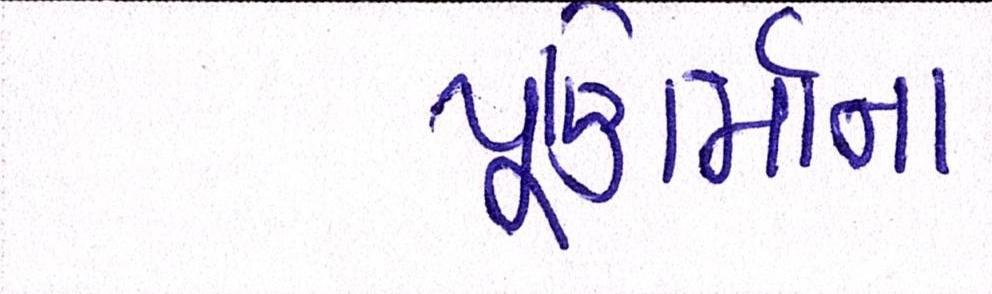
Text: પૂણિર્માના